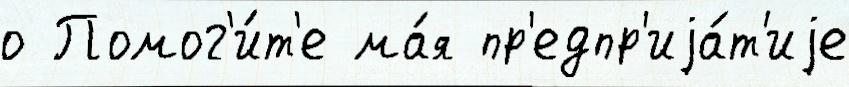
о Помог'и́т'е ма́я пр'едпр'иjа́т'иjе